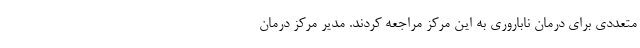
متعددی برای درمان ناباروری به این مرکز مراجعه کردند. مدیر مرکز درمان